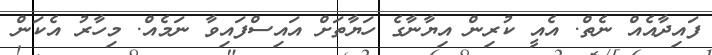
ފައިދާއެއް ނެތް. އެއީ ކުރިން އިޔާނާގެ ހަޔާތަށް އައިސްފައިވާ ނަމެއް. މިހާރު އެކަން